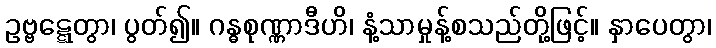
ဥဗ္ဗဋ္ဋေတွာ၊ ပွတ်၍။ ဂန္ဓစုဏ္ဏာဒီဟိ၊ နံ့သာမှုန့်စသည်တို့ဖြင့်။ နှာပေတွာ၊